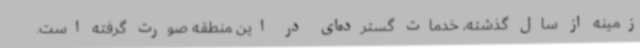
زمینه از سال گذشته، خدمات گسترده‌ای در این منطقه صورت گرفته است.